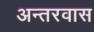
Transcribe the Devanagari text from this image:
अन्तरवास